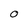
Character: 0